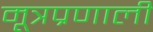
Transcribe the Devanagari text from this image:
मूत्रप्रणाली